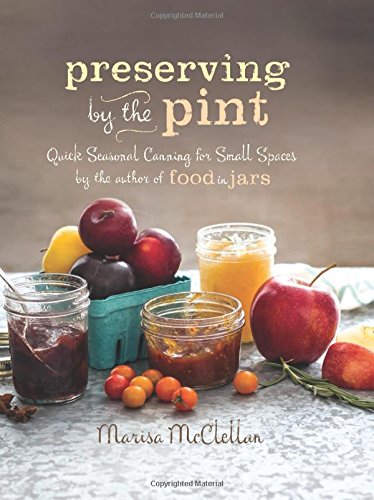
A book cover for Preserving by the Pint: Quick Seasonal Canning for Small Spaces from the author of Food in Jars; Marisa McClellan; Cookbooks, Food & Wine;